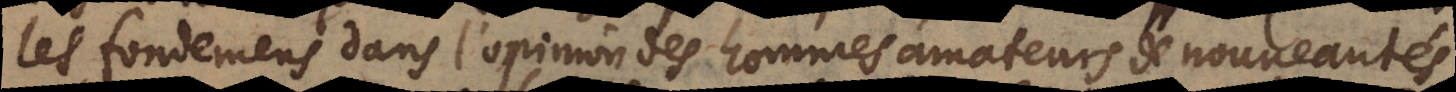
les fondemens dans l’opinion des hommes amateurs de nouveautés